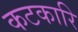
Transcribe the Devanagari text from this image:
कटकारि